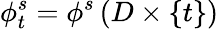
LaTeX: \phi_{t}^{s}=\phi^{s}\left(D\times\{ t\} \right)